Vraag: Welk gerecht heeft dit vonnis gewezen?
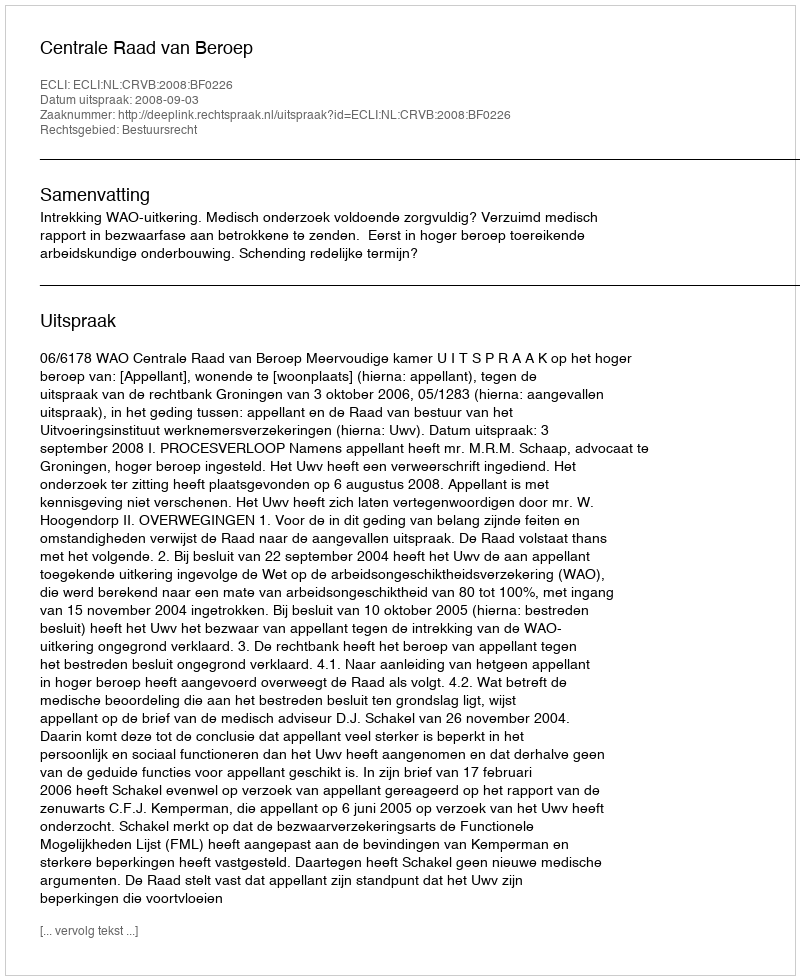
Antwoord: Centrale Raad van Beroep